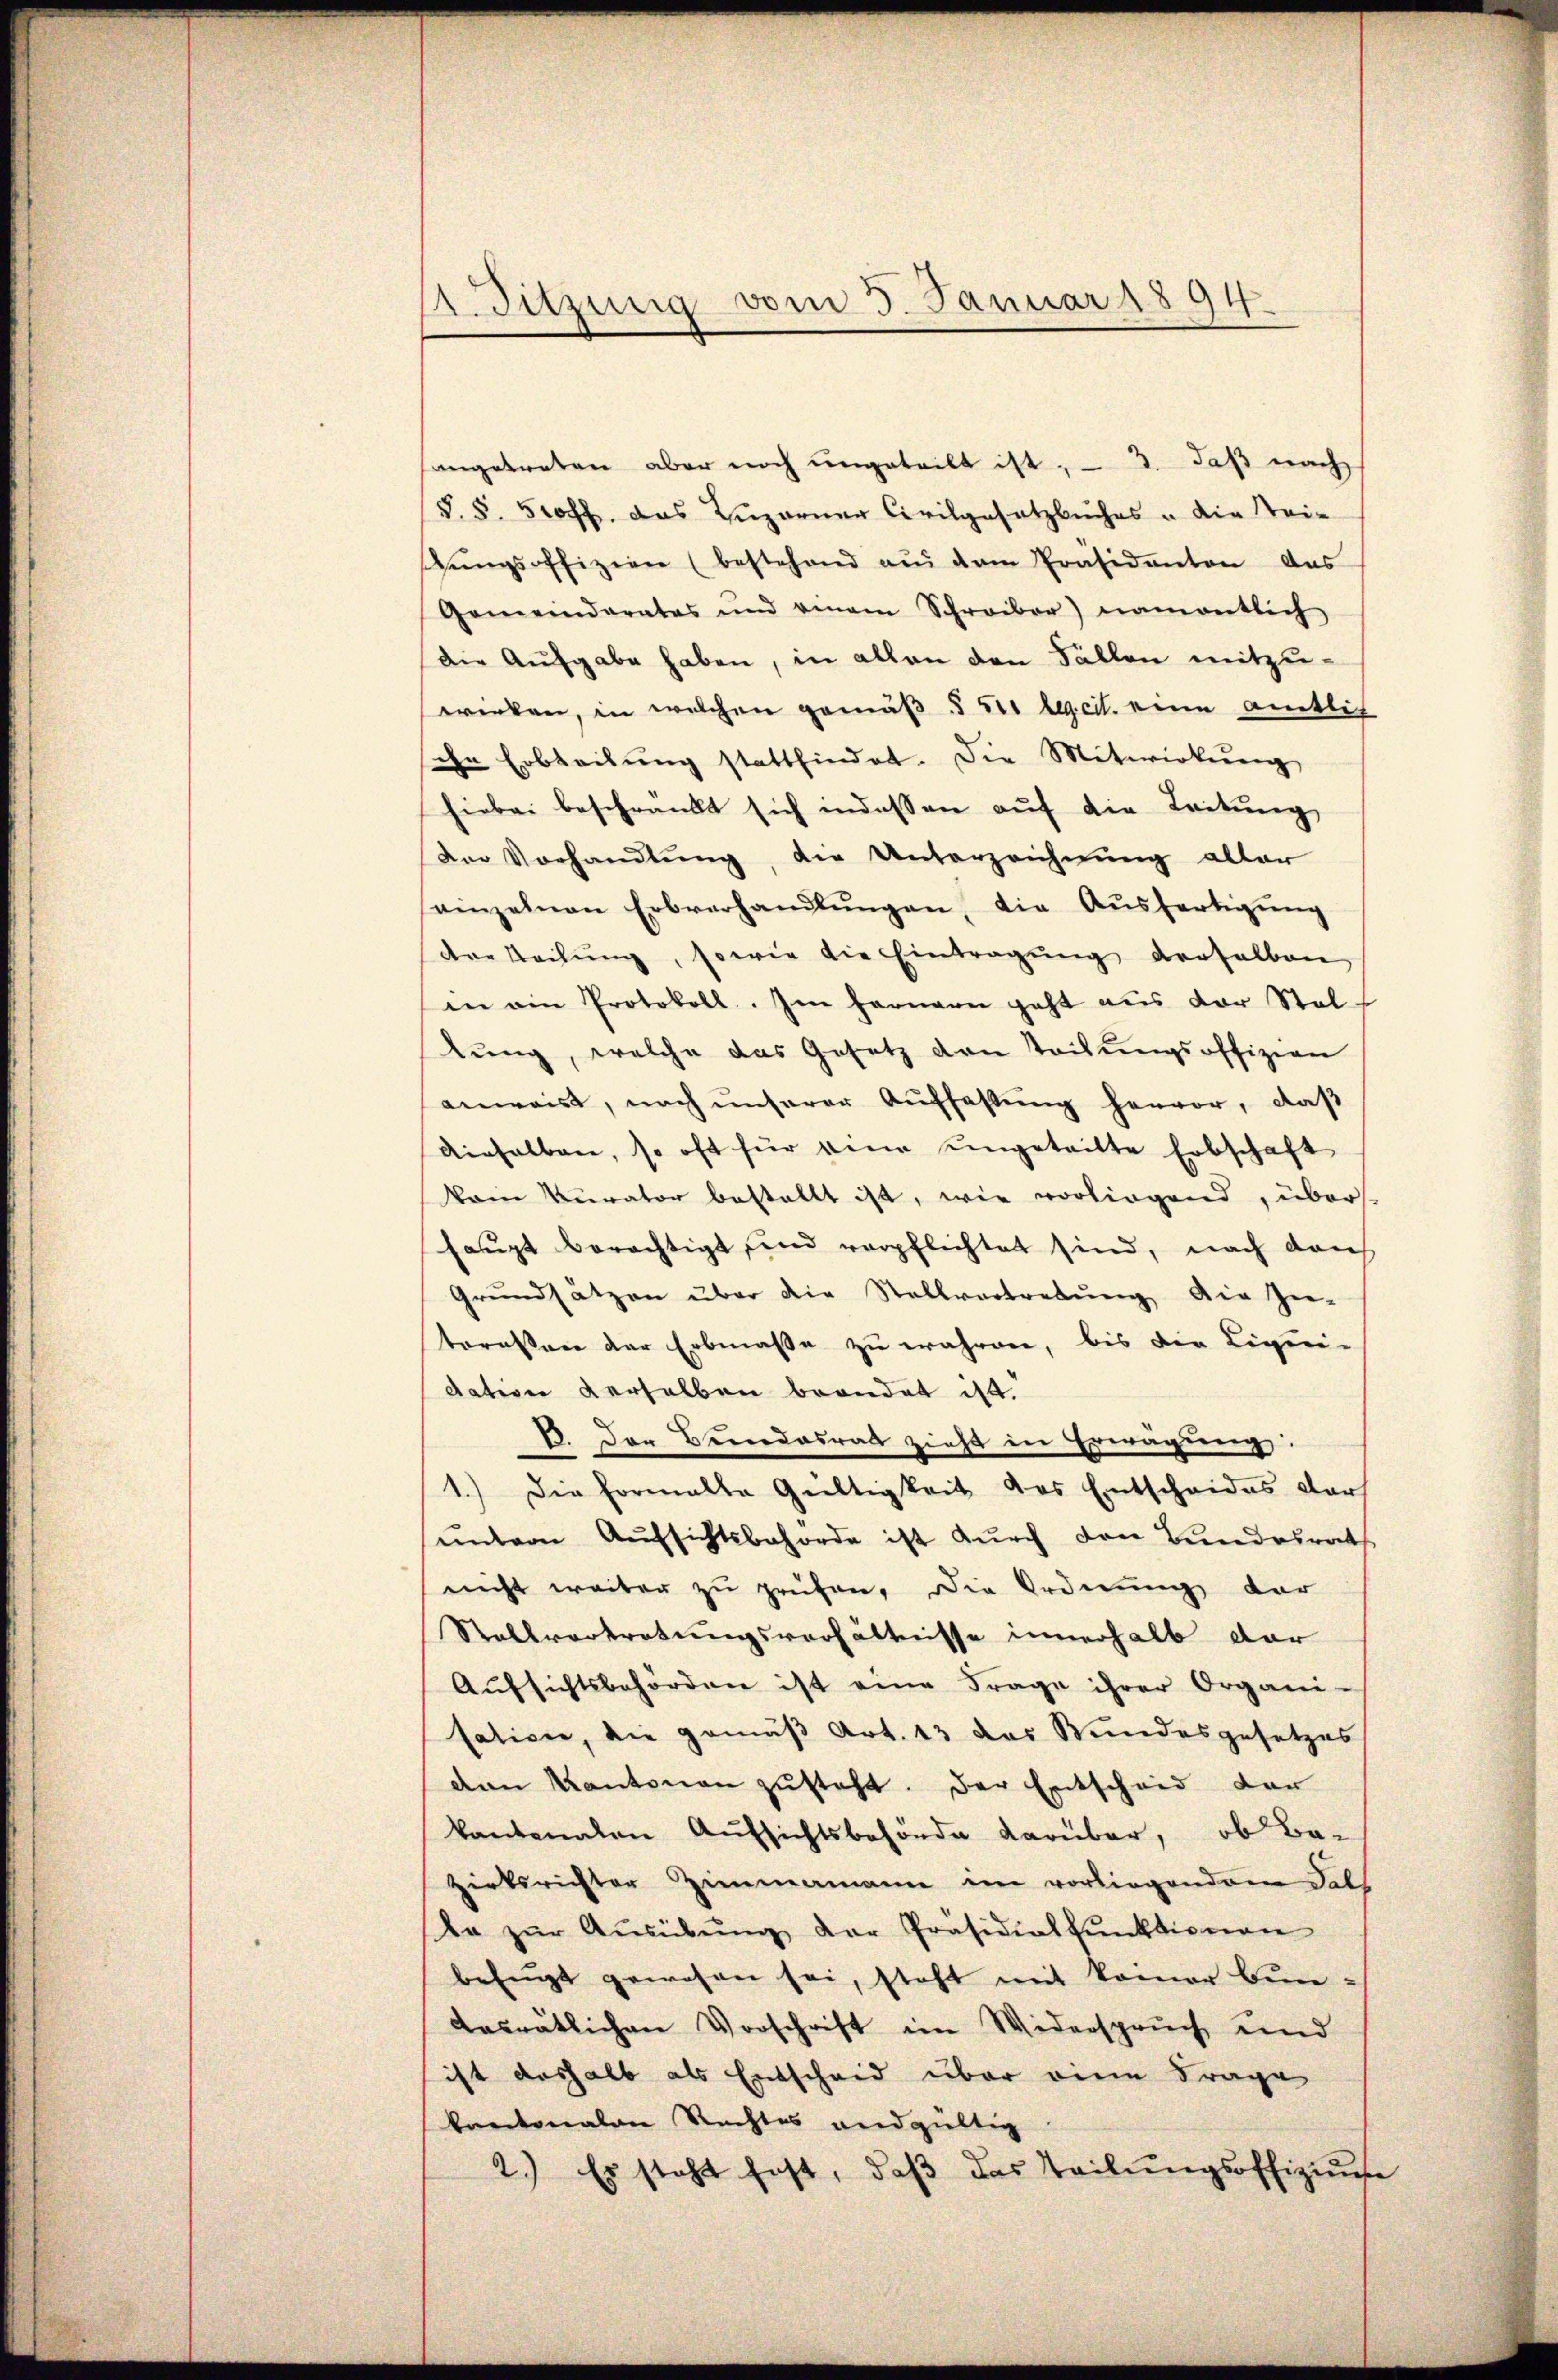
ASitzung vom 5. Januar 1894.

sangetreten aber noch ungeteilt ist. - 3. daß nach
(§. 8. Froh das Luzerner Civilgesetzbuches u die Stei¬
Zŭngsoffizien (bestehend aŭs dem Präsidenten das
Gemeinderates und einem Schreiber) namentlich
die Aufgabe haben, in allen den Fällen mitzuwirken, in welchen gemäß § 5 lecit. eine amtlich
ihn Erbteilŭng stattfindet. Die Mitwirkung
hiebei beschränkt sich indessen auf die Leitung
Der Vorhandlung, die Unterzeichnung aller
einzelnen Erbverhandlŭngen, die Aŭsfertigŭng
der Teilŭng, sowie die Eintragŭng derselben,
in ein Protokoll. Im Fernern geht aus der Stel
tung, welche das Gesetz den Tochungsoffizien
anweist, noch ŭnserer Aŭffassŭng hervor, daβ
dieselben, so oft für eine ungetritte Erbschaft
kain Kurator bestellt ist, wie vorliegend, überst
haupt berechtigt sind verpflichtet sind, nach den
Grŭndsätzen über die Stellvertretŭng die Zie-
teressen der Erbmasse zu währen, bis die Liqui-
dation derselben brandet ist.
B. Der Bundesrat zieht in Erwägung:
1.) Die Formalle Gültigkeit des Entscheides darf
ŭntern Aufsichtsbehörde ist durch den Bundesrath
nicht weiter zu prüfen, die Ordnung der
Stallvertretungsverhältnisse innerhalb dar
Aŭfsichtsbehörden ist eine Frage ihrer Organi-
satione, die gemäß Art. 13 das Bundesgesetzes
den Kantonen zŭsteht. Der Entscheid der
kantonalen Aŭfsichtsbehörde darüber, ob Ba-
zirksrichter Zimmamann im vorliegendem Fals
le zŭr Aŭsübŭng der Präsidialkŭnktionen
befugt gewesen sei, steht mit kamer Bundasrätlichen Vorschrift im Widerspruch und
ist deshalb als Entscheid über die Frage
baritonalen Rechtes andgültig
2.) Es steht fest, daβ das Teilŭngsoffiziŭse